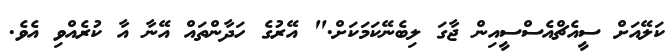
ކަލޭއަށް ސީއެޗްއެސްސީއިން ޖާގަ ލިބެނޭކަމަކަށް." އޭރުގެ ހަދާންތައް އޭނާ އާ ކުރެއްވި އެވެ.